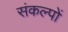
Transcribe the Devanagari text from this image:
संकल्‍पों